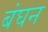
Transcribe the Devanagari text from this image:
बंघन